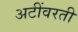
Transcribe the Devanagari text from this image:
अटींवरती